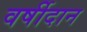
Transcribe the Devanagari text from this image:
वर्षीदान